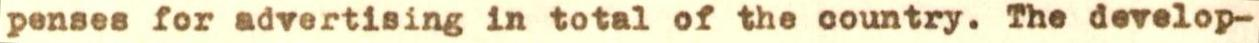
penses for advertising in total of the country. The develop-